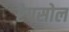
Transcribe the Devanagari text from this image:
रेपसोल